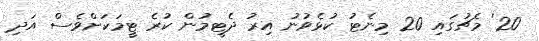
20' މެޗުގައި 20 މިނެޓު ކުޅެވުނު އިރު ދެޓީމުން ކުރެ ޓީމަކަށްވެސް އަދި